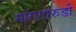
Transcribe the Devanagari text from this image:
मांगगारुडी